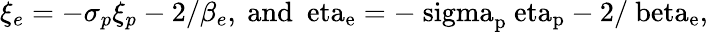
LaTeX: \xi_{e}=-\sigma_{p}\xi_{p}-2/\beta_{e},~\mathrm{{and}~\ eta_{e}=-\ sigma_{p}\ eta_{p}-2/\ beta_{e},}